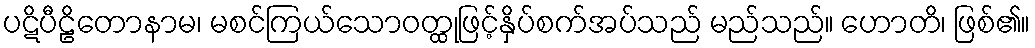
ပဋိပီဠိတောနာမ၊ မစင်ကြယ်သောဝတ္ထုဖြင့်နှိပ်စက်အပ်သည် မည်သည်။ ဟောတိ၊ ဖြစ်၏။